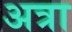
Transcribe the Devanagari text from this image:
अत्रा